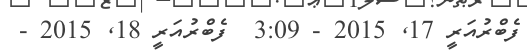
ފެބްރުއަރީ 17